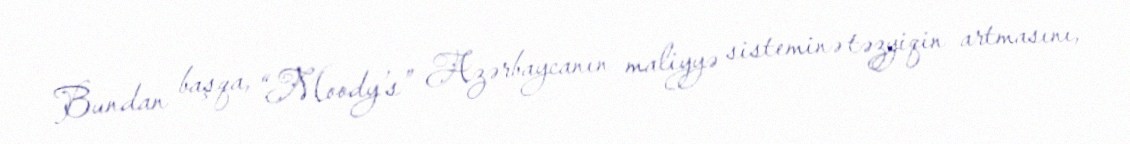
Bundan başqa, “Moody’s” Azərbaycanın maliyyə sisteminə təzyiqin artmasını,